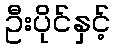
ဦးပိုင်နှင့်